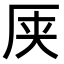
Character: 𫨆